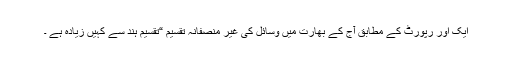
ایک اور رپورٹ کے مطابق آج کے بھارت میں وسائل کی غیر منصفانہ تقسیم “تقسیم ہند سے کہیں زیادہ ہے ۔